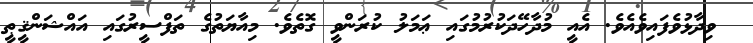
ވިދާޅުވެފައިވެއެވެ. އެއީ މުދާހޭދަކުރުމުގައި ޢަމަލު ކުރަންވީ ގޮތެވެ. މިއާޔަތުގެ ތަފްސީރުގައި އައްޝަންޤީޠީ